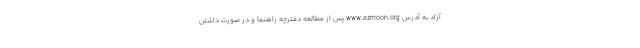
آزاد به آدرس www.azmoon.org پس از مطالعه دفترچه راهنما و در صورت داشتن